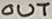
Text: OUT